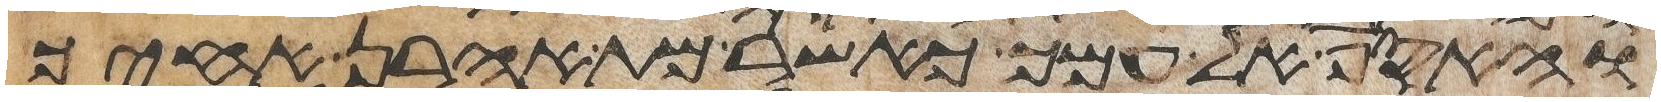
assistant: והאסף אל עמך כאשר מת אהרן אחיך